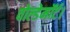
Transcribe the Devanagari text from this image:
वोल्डेमॉर्ट।